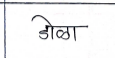
मजकूर: डोळा